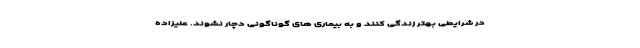
در شرایطی بهتر زندگی کنند و به بیماری های گوناگونی دچار نشوند. علیزاده